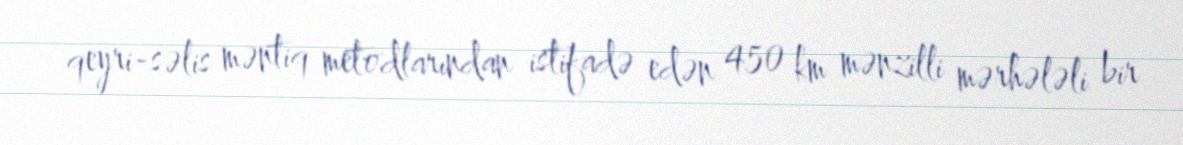
qeyri-səlis məntiq metodlarından istifadə edən 450 km mənzilli mərhələli bir